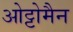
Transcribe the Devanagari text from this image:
ओट्टोमैन